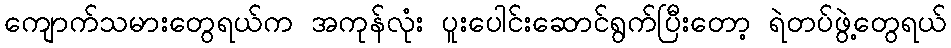
ကျောက်သမားတွေရယ်က အကုန်လုံး ပူးပေါင်းဆောင်ရွက်ပြီးတော့ ရဲတပ်ဖွဲ့တွေရယ်